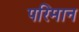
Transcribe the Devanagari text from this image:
परिमान